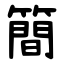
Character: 簡